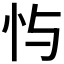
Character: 𫹮